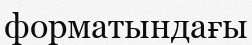
форматындағы